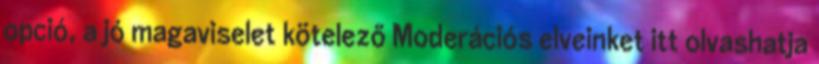
opció, a jó magaviselet kötelező Moderációs elveinket itt olvashatja